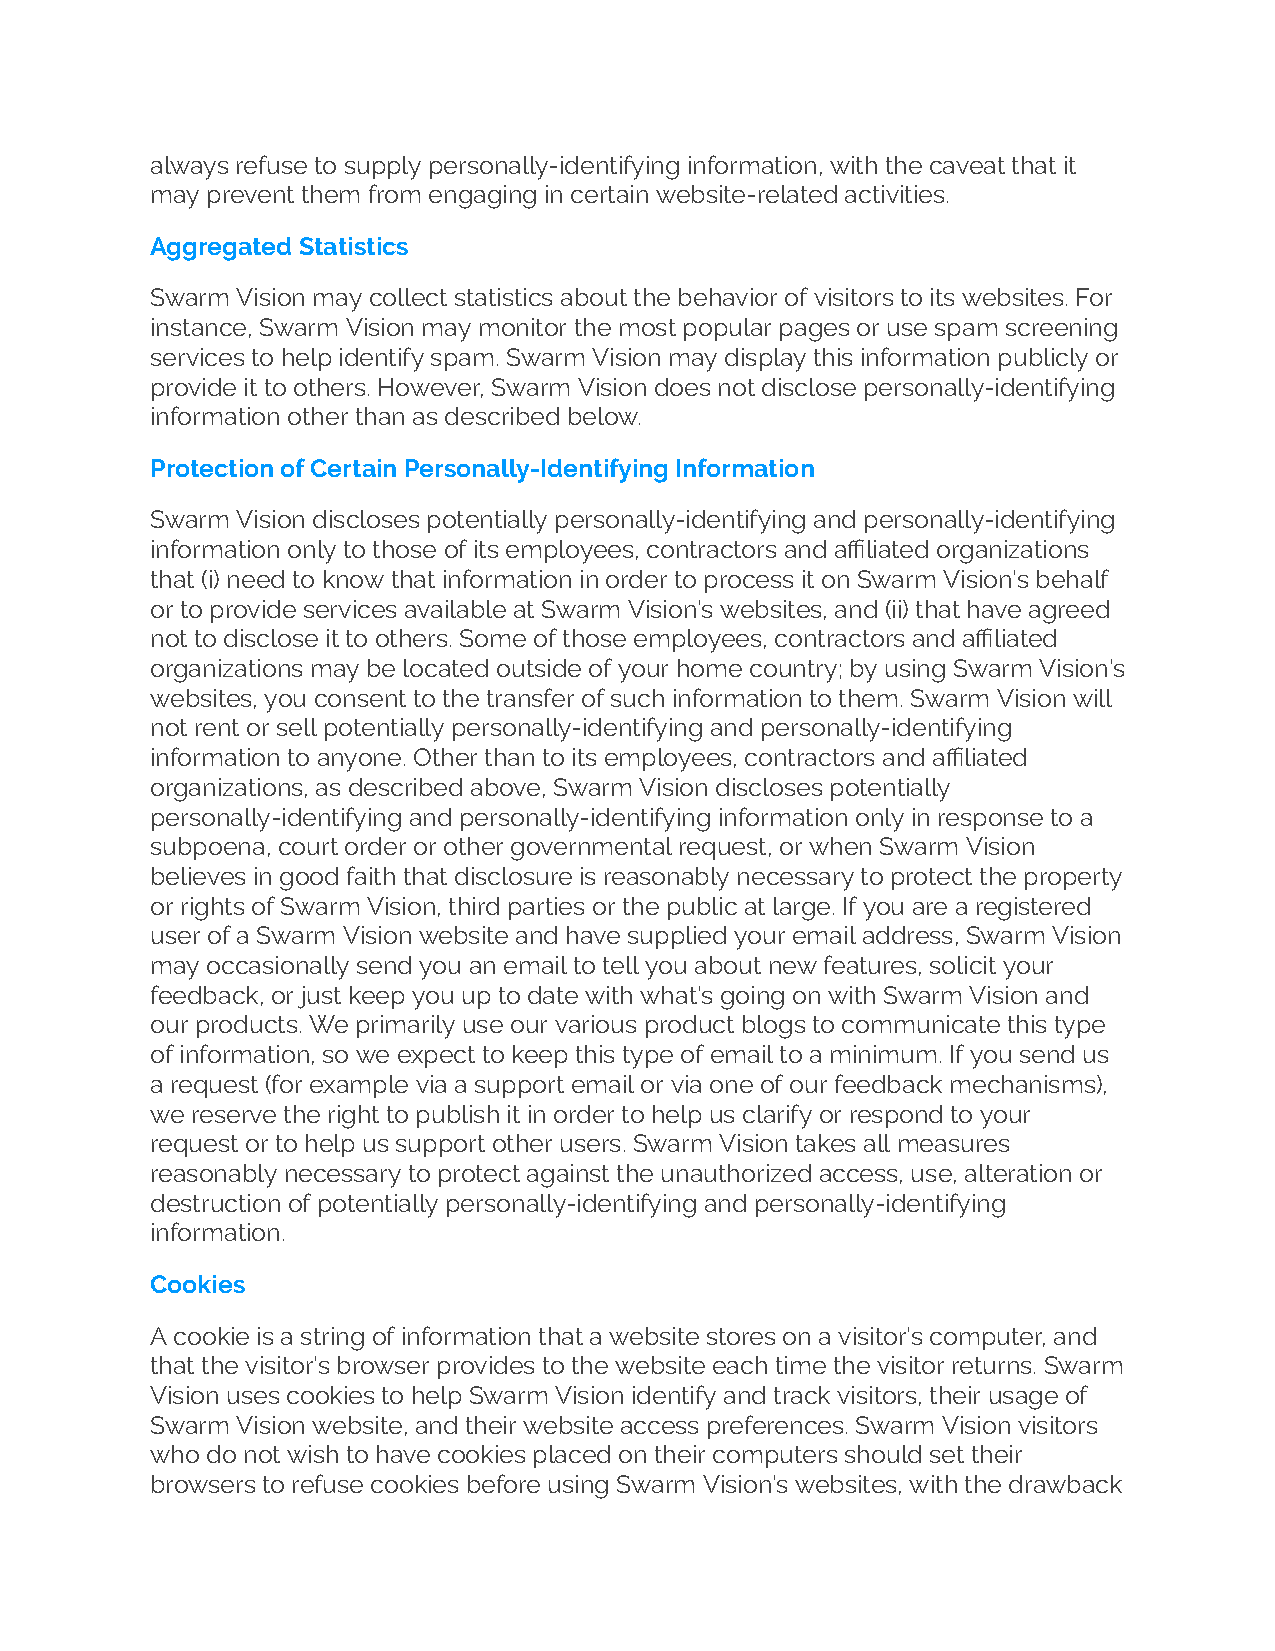
always refuse to supply personally-identifying information, with the caveat that it
 may prevent them from engaging in certain website-related activities.
 Aggregated Statistics
 Swarm Vision may collect statistics about the behavior of visitors to its websites. For
 instance, Swarm Vision may monitor the most popular pages or use spam screening
 services to help identify spam. Swarm Vision may display this information publicly or
 provide it to others. However, Swarm Vision does not disclose personally-identifying
 information other than as described below.
 Protection of Certain Personally-Identifying Information
 Swarm Vision discloses potentially personally-identifying and personally-identifying
 information only to those of its employees, contractors and affiliated organizations
 that (i) need to know that information in order to process it on Swarm Vision’s behalf
 or to provide services available at Swarm Vision’s websites, and (ii) that have agreed
 not to disclose it to others. Some of those employees, contractors and affiliated
 organizations may be located outside of your home country; by using Swarm Vision’s
 websites, you consent to the transfer of such information to them. Swarm Vision will
 not rent or sell potentially personally-identifying and personally-identifying
 information to anyone. Other than to its employees, contractors and affiliated
 organizations, as described above, Swarm Vision discloses potentially
 personally-identifying and personally-identifying information only in response to a
 subpoena, court order or other governmental request, or when Swarm Vision
 believes in good faith that disclosure is reasonably necessary to protect the property
 or rights of Swarm Vision, third parties or the public at large. If you are a registered
 user of a Swarm Vision website and have supplied your email address, Swarm Vision
 may occasionally send you an email to tell you about new features, solicit your
 feedback, or just keep you up to date with what’s going on with Swarm Vision and
 our products. We primarily use our various product blogs to communicate this type
 of information, so we expect to keep this type of email to a minimum. If you send us
 a request (for example via a support email or via one of our feedback mechanisms),
 we reserve the right to publish it in order to help us clarify or respond to your
 request or to help us support other users. Swarm Vision takes all measures
 reasonably necessary to protect against the unauthorized access, use, alteration or
 destruction of potentially personally-identifying and personally-identifying
 information.
 Cookies
 A cookie is a string of information that a website stores on a visitor’s computer, and
 that the visitor’s browser provides to the website each time the visitor returns. Swarm
 Vision uses cookies to help Swarm Vision identify and track visitors, their usage of
 Swarm Vision website, and their website access preferences. Swarm Vision visitors
 who do not wish to have cookies placed on their computers should set their
 browsers to refuse cookies before using Swarm Vision’s websites, with the drawback